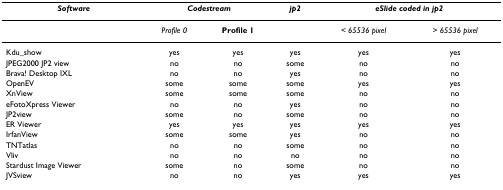
<table><thead><tr><td><b><i>Software</i></b></td><td colspan="2"><b><i>Codestream</i></b></td><td><b><i>jp2</i></b></td><td colspan="2"><b><i>eSlide coded in jp2</i></b></td></tr></thead><tbody><tr><td></td><td><i>Profile 0</i></td><td><b>Profile 1</b></td><td></td><td><i>&lt; 65536 pixel</i></td><td><i>&gt; 65536 pixel</i></td></tr><tr><td>Kdu_show</td><td>yes</td><td>yes</td><td>yes</td><td>yes</td><td>yes</td></tr><tr><td>JPEG2000 JP2 view</td><td>no</td><td>no</td><td>some</td><td>no</td><td>no</td></tr><tr><td>Brava! Desktop IXL</td><td>no</td><td>no</td><td>yes</td><td>no</td><td>no</td></tr><tr><td>OpenEV</td><td>some</td><td>some</td><td>some</td><td>yes</td><td>yes</td></tr><tr><td>XnView</td><td>some</td><td>some</td><td>some</td><td>no</td><td>no</td></tr><tr><td>eFotoXpress Viewer</td><td>no</td><td>no</td><td>yes</td><td>no</td><td>no</td></tr><tr><td>JP2view</td><td>some</td><td>no</td><td>some</td><td>no</td><td>no</td></tr><tr><td>ER Viewer</td><td>yes</td><td>yes</td><td>yes</td><td>yes</td><td>yes</td></tr><tr><td>IrfanView</td><td>some</td><td>some</td><td>yes</td><td>no</td><td>no</td></tr><tr><td>TNTatlas</td><td>no</td><td>no</td><td>some</td><td>no</td><td>no</td></tr><tr><td>Vliv</td><td>no</td><td>no</td><td>no</td><td>no</td><td>no</td></tr><tr><td>Stardust Image Viewer</td><td>some</td><td>no</td><td>some</td><td>no</td><td>no</td></tr><tr><td>JVSview</td><td>no</td><td>no</td><td>yes</td><td>yes</td><td>yes</td></tr></tbody></table>